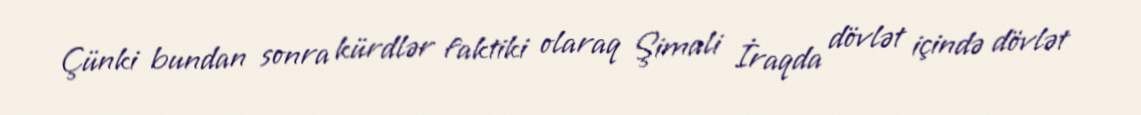
Çünki bundan sonra kürdlər faktiki olaraq Şimali İraqda dövlət içində dövlət